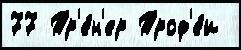
77 Тр'е́н'ер Троф'е́и